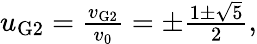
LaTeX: \begin{array}{r}{u_{\mathrm{G2}}=\frac{v_{\mathrm{G2}}}{v_{\mathrm{0}}}=\pm\frac{1\pm\sqrt{5}}{2},}\end{array}